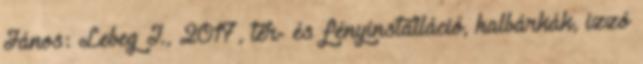
János: Lebeg I., 2017, tér- és fényinstalláció, halbárkák, izzó